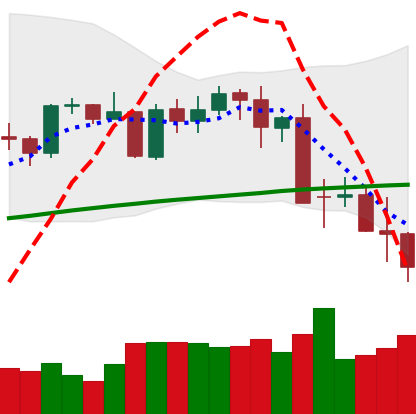
Ticker: BTC-USD
Chart end date: 2021-05-17
Forward return: -13.783%
Label: down_7plus